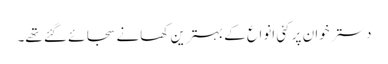
دسترخوان پر کئی انواع کے بہترین کھانے سجائے گئے تھے۔